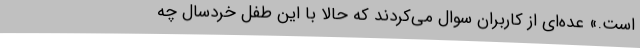
است.» عده‌ای از کاربران سوال می‌کردند که حالا با این طفل خردسال چه